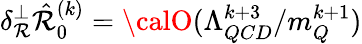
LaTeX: \delta_{\mathcal{R}}^{\perp}\hat{{\mathcal{R}}}_{0}^{(k)}={\calO}(\Lambda_{QCD}^{k+3}/m_{Q}^{k+1})